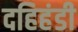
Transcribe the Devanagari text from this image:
दहिहंडी